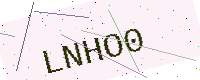
Text: LNHO0